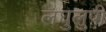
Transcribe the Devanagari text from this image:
लघुलुपी